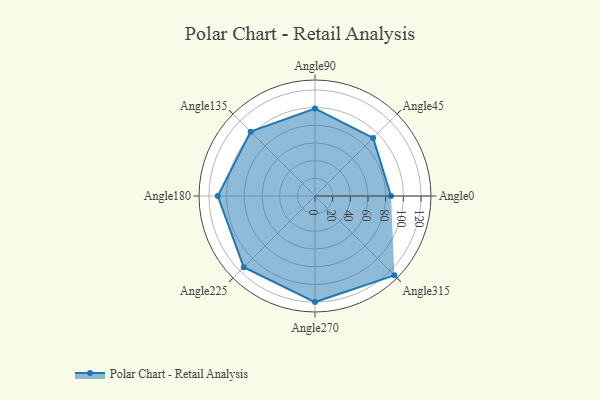
{"axis": {"x": "Angle", "y": "Radius"}, "legend": [""], "data": [{"x": "Angle0", "y": 86.0, "type": ""}, {"x": "Angle45", "y": 93.0, "type": ""}, {"x": "Angle90", "y": 99.0, "type": ""}, {"x": "Angle135", "y": 103.0, "type": ""}, {"x": "Angle180", "y": 110.0, "type": ""}, {"x": "Angle225", "y": 114.0, "type": ""}, {"x": "Angle270", "y": 120.0, "type": ""}, {"x": "Angle315", "y": 127.0, "type": ""}]}